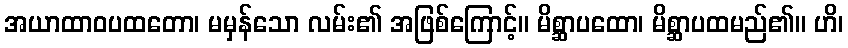
အယာထာဝပထတော၊ မမှန်သော လမ်း၏ အဖြစ်ကြောင့်။ မိစ္ဆာပထော၊ မိစ္ဆာပထမည်၏။ ဟိ၊